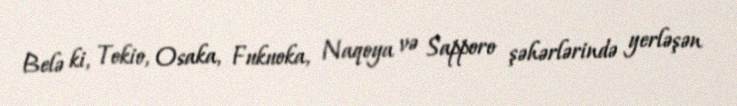
Belə ki, Tokio, Osaka, Fukuoka, Naqoya və Sapporo şəhərlərində yerləşən